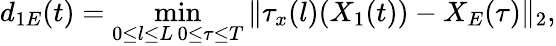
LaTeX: d_{1E}(t)=\operatorname*{min}_{\substack{0\leq l\leq L\, 0\leq\tau\leq T}}\| \tau_{x}(l)(X_{1}(t))-X_{E}(\tau)\| _{2},